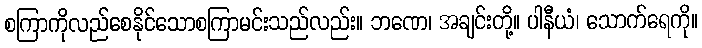
စကြာကိုလည်စေနိုင်သောစကြာမင်းသည်လည်း။ ဘဏေ၊ အချင်းတို့။ ပါနီယံ၊ သောက်ရေကို။